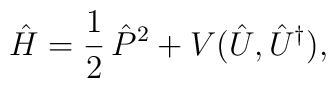
\hat{H} = \frac 12 \, \hat{P}^{2} + V ( \hat{U}, \hat{U}^\dagger ),